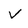
Character: V